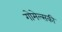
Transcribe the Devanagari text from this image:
गोमेल्सकी